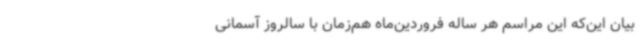
بیان این‌که این مراسم هر ساله فروردین‌ماه هم‌زمان با سالروز آسمانی